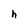
Character: h